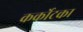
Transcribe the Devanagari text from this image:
कर्कोटका